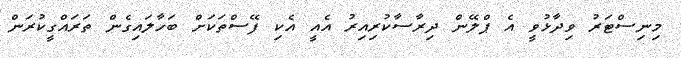
މިނިސްޓަރު ވިދާޅުވީ އެ ޕްލޭން ދިރާސާކުރިއިރު އެއީ އެކި ފޭސްތަކަށް ބަހާލައިގެން ތަރައްގީކުރަން